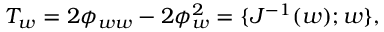
T _ { w } = 2 \phi _ { w w } - 2 \phi _ { w } ^ { 2 } = \{ J ^ { - 1 } ( w ) ; w \} ,